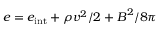
e = e _ { \mathrm { i n t } } + \rho \boldsymbol { v } ^ { 2 } / 2 + \boldsymbol { B } ^ { 2 } / 8 \pi